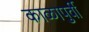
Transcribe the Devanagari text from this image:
काळापुर्वी